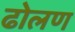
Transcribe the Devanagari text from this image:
ढोलण